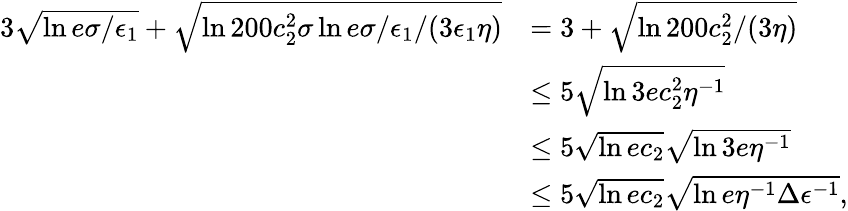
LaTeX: \begin{array}{rl}{3\sqrt{\ln{e\sigma/\epsilon_{1}}}+\sqrt{\ln{200c_{2}^{2}\sigma\ln{e\sigma/\epsilon_{1}}/(3\epsilon_{1}\eta)}}}&{=3+\sqrt{\ln{200c_{2}^{2}/(3\eta)}}}\\ &{\le 5\sqrt{\ln{3ec_{2}^{2}\eta^{-1}}}}\\ &{\le 5\sqrt{\ln{ec_{2}}}\sqrt{\ln{3e\eta^{-1}}}}\\ &{\le 5\sqrt{\ln{ec_{2}}}\sqrt{\ln{e\eta^{-1}\Delta\epsilon^{-1}}},}\end{array}